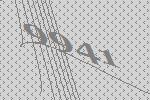
9941